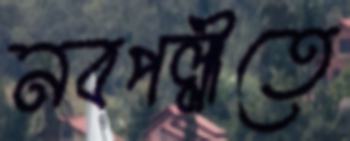
নবপল্লীতে